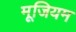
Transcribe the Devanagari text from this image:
मूजियम